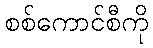
စစ်ကောင်စီကို